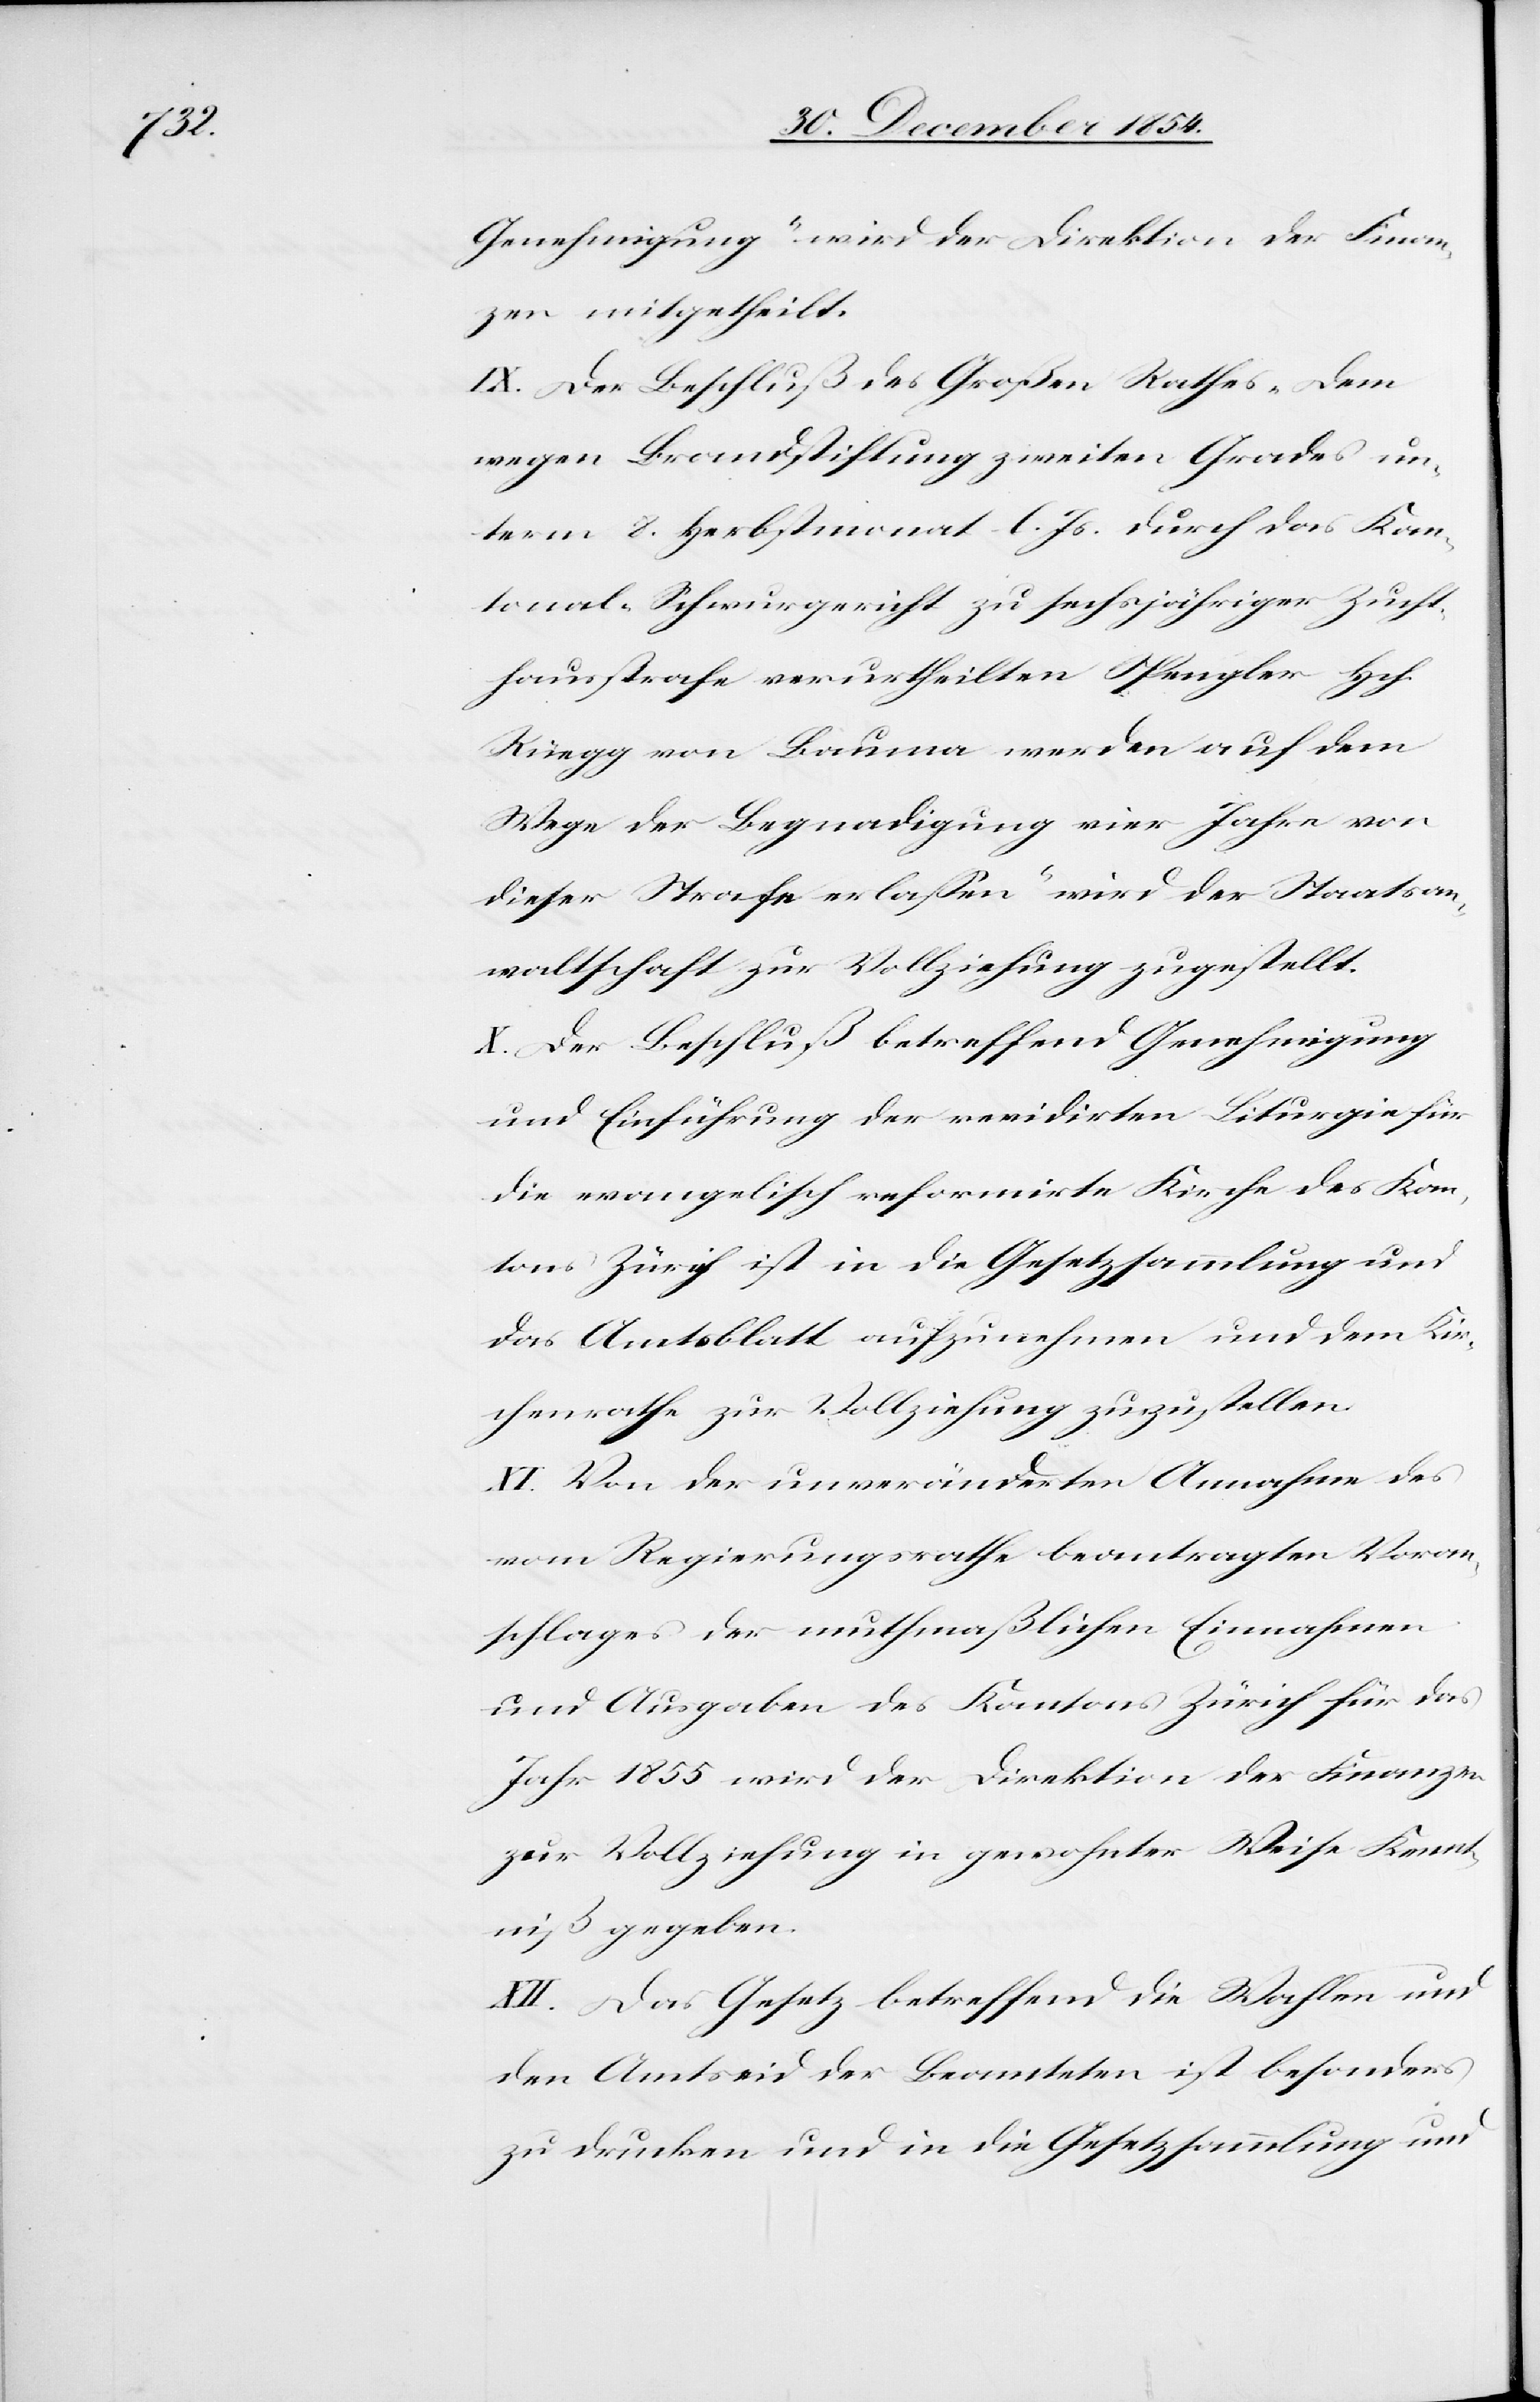
Genehmigung“ wird der Direktion der Finan¬
zen mitgetheilt.
IX.[)] Der Beschluß des Großen Rathes „Dem
wegen Brandstiftung zweiten Grades un¬
term 8. Herbstmonat l. Js. durch das Kan¬
tonal-Schwurgericht zu sechsjähriger Zucht¬
hausstrafe verurtheilten Spengler Hch.
Rüegg von Bauma werden auf dem
Wege der Begnadigung vier Jahre von
dieser Strafe erlaßen“ wird der Staatsan¬
waltschaft zur Vollziehung zugestellt.
X.[)] Der Beschluß betreffend Genehmigung
und Einführung der revidirten Liturgie für
die evanglisch reformirte Kirche des Kan¬
tons Zürich ist in die Gesetzsammlung und
das Amtsblatt aufzunehmen und dem Kir¬
chenrathe zur Vollziehung zuzustellen.
XI.[)] Von der unveränderten Annahme des
vom Regierungsrathe beantragten Voran¬
schlages der muthmaßlichen Einnahmen
und Ausgaben des Kantons Zürich für das
Jahr 1855 wird der Direktion der Finanzen
zur Vollziehung in gewohnter Weise Kennt¬
niß gegeben.
XII.[)] Das Gesetz betreffend die Wahlen und
den Amtseid der Beamteten ist besonders
zu drucken und in die Gesetzsammlung und